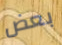
بعض